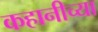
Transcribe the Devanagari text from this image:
कहानीच्या